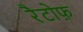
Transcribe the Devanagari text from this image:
रैटोफ़